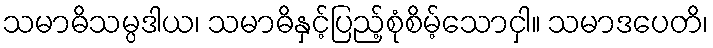
သမာဓိသမ္ပဒါယ၊ သမာဓိနှင့်ပြည့်စုံစိမ့်သောငှါ။ သမာဒပေတိ၊